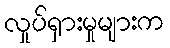
လှုပ်ရှားမှုများက